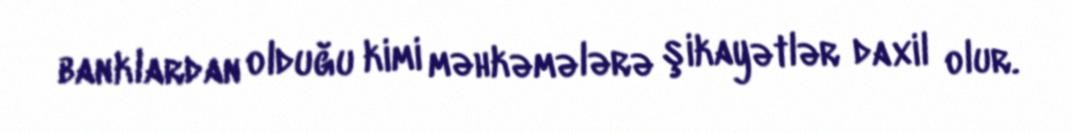
banklardan olduğu kimi məhkəmələrə şikayətlər daxil olur.